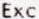
EXC